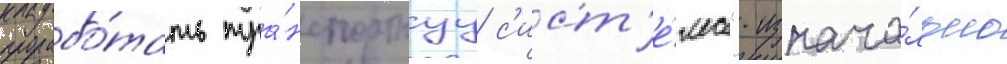
прорабо́тать тра́нспортнуу с'ист'е́му". изнача́льно